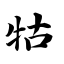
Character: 牯